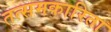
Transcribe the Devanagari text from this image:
तत्समकारिता